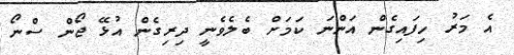
އެ މަރު ހިފައިގެން އަންނަ ކަމަށް ބެލެވެނީ ދިރިގެން އުޅޭ ޖޯން ސްނޯ